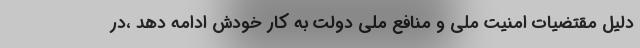
دلیل مقتضیات امنیت ملی و منافع ملی دولت به کار خودش ادامه دهد ،در